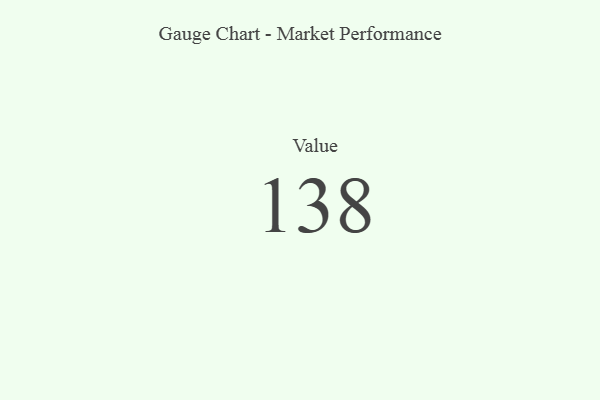
{"axis": {"x": "Metric", "y": "Value"}, "legend": [""], "data": [{"x": "Value", "y": 138, "type": ""}]}